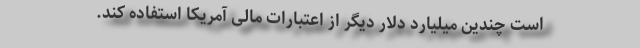
است چندین میلیارد دلار دیگر از اعتبارات مالی آمریکا استفاده کند.